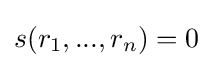
s(r_{1},...,r_{n})=0